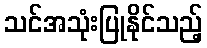
သင်အသုံးပြုနိုင်သည့်